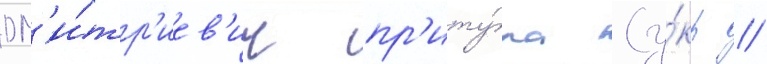
дм'и́тр'иев'ич пр'иту́ла (у́кр //